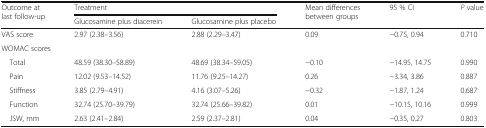
<table><thead><tr><td rowspan="2"><b>Outcome at last follow-up</b></td><td colspan="2"><b>Treatment</b></td><td rowspan="2"><b>Mean differences between groups</b></td><td rowspan="2"><b>95 % CI</b></td><td rowspan="2"><b><i>P</i> value</b></td></tr><tr><td><b>Glucosamine plus diacerein</b></td><td><b>Glucosamine plus placebo</b></td></tr></thead><tbody><tr><td>VAS score</td><td>2.97 (2.38–3.56)</td><td>2.88 (2.29–3.47)</td><td>0.09</td><td>−0.75, 0.94</td><td>0.710</td></tr><tr><td colspan="6">WOMAC scores</td></tr><tr><td> Total</td><td>48.59 (38.30–58.89)</td><td>48.69 (38.34–59.05)</td><td>−0.10</td><td>−14.95, 14.75</td><td>0.990</td></tr><tr><td> Pain</td><td>12.02 (9.53–14.52)</td><td>11.76 (9.25–14.27)</td><td>0.26</td><td>−3.34, 3.86</td><td>0.887</td></tr><tr><td> Stiffness</td><td>3.85 (2.79–4.91)</td><td>4.16 (3.07–5.26)</td><td>−0.32</td><td>−1.87, 1.24</td><td>0.687</td></tr><tr><td> Function</td><td>32.74 (25.70–39.79)</td><td>32.74 (25.66–39.82)</td><td>0.01</td><td>−10.15, 10.16</td><td>0.999</td></tr><tr><td> JSW, mm</td><td>2.63 (2.41–2.84)</td><td>2.59 (2.37–2.81)</td><td>0.04</td><td>−0.35, 0.27</td><td>0.803</td></tr></tbody></table>